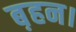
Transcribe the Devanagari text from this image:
ब़हन।